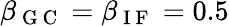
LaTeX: \beta_{\mathrm{~G~C~}}=\beta_{\mathrm{~I~F~}}=0.5